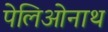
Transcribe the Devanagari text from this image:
पेलिओनाथ